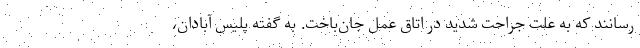
رسانند که به علت جراحت شدید در اتاق عمل جان‌باخت. به گفته پلیس آبادان،